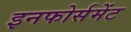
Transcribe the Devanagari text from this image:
इनफोर्समेंट